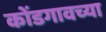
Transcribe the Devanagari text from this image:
कोंडगावच्या